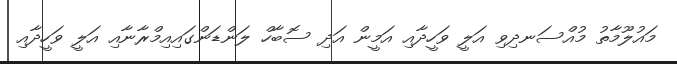
މައުލޫމާތު މުއްސަނދިވި އަލީ ވަހީދާއި އަމީން އަދި ސޮބާހް ލަންޑަންގައިއިމްރާނާއި އަލީ ވަހީދާއި